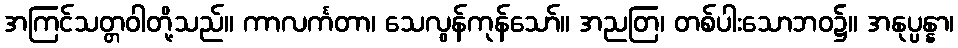
အကြင်သတ္တဝါတို့သည်။ ကာလင်္ကတာ၊ သေလွန်ကုန်သော်။ အညတြ၊ တစ်ပါးသောဘဝ၌။ အနုပ္ပန္နာ၊